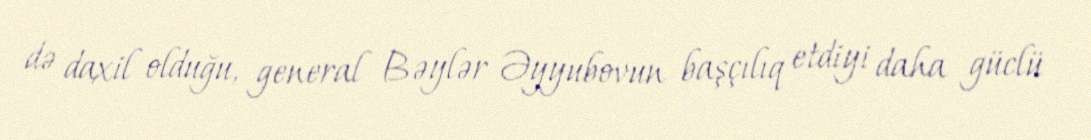
də daxil olduğu, general Bəylər Əyyubovun başçılıq etdiyi daha güclü